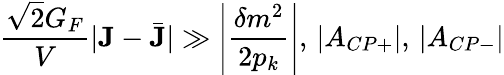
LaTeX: \frac{\sqrt{2}G_{F}}{V}|{\mathbf J}-\bar{\mathbf J}|\gg\left|\frac{\delta m^{2}}{2p_{k}}\right|,\, |A_{CP+}|,\, |A_{CP-}|